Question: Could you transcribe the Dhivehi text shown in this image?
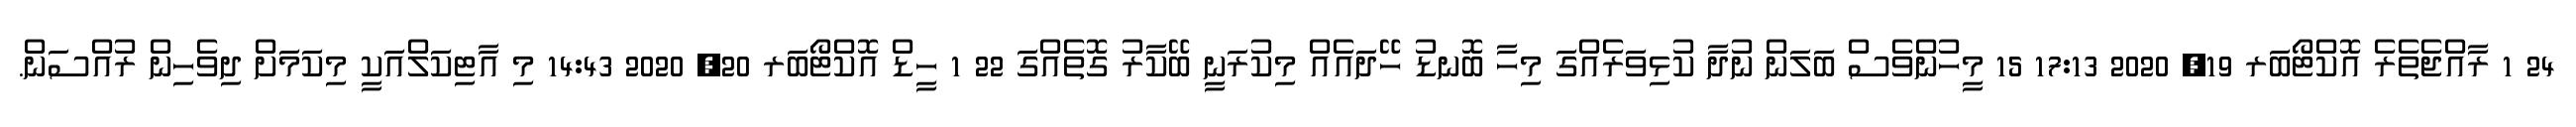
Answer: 24 1 ރާއްޖެތެރެ އޮކްޓޯބަރ 19, 2020 17:13 15 މީހުންވެސް ބަލަން ނުދާ ކުޅިވަރެއްގަ މިހާ ބޮނޑު ހޭދައެއް މިކުރަނީ ބޭކާރު ގޮތެއްގަ 22 1 ހީޑް އޮކްޓޯބަރ 20, 2020 14:43 މި އާޓިކަލްއަކީ މިކަމަށް ދިވެހިން ރުއްސަން.